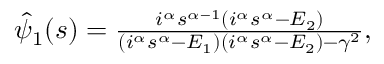
\begin{array} { r } { \hat { \psi } _ { 1 } ( s ) = \frac { i ^ { \alpha } s ^ { \alpha - 1 } \left( i ^ { \alpha } s ^ { \alpha } - E _ { 2 } \right) } { \left( i ^ { \alpha } s ^ { \alpha } - E _ { 1 } \right) \left( i ^ { \alpha } s ^ { \alpha } - E _ { 2 } \right) - \gamma ^ { 2 } } , } \end{array}